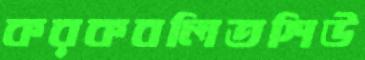
করকবলিতশিউ